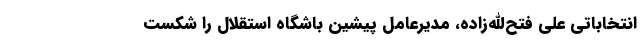
انتخاباتی علی فتح‌الله‌زاده، مدیرعامل پیشین باشگاه استقلال را شکست